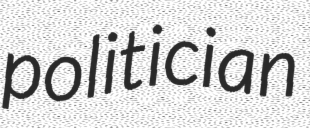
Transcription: politician